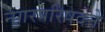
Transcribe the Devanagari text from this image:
नगरपरिषदेने